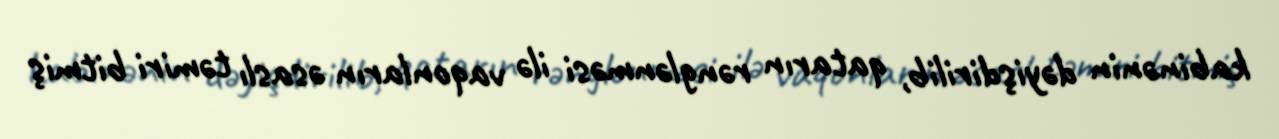
kabinənin dəyişdirilib, qatarın rənglənməsi ilə vaqonların əsaslı təmiri bitmiş